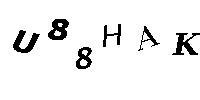
U88HAK